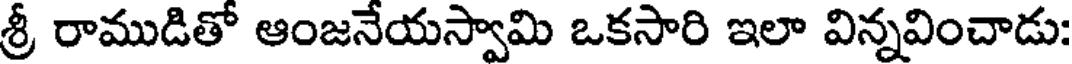
శ్రీ రాముడితో ఆంజనేయస్వామి ఒకసారి ఇలా విన్నవించాడు: